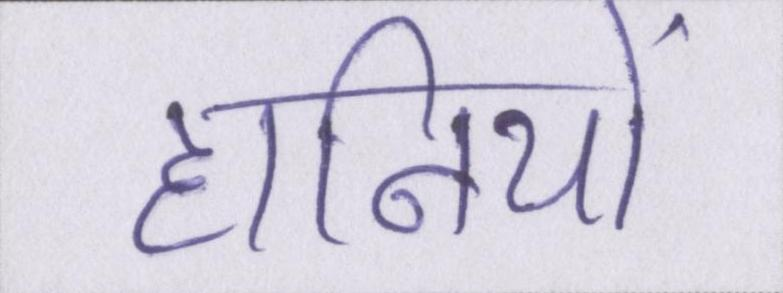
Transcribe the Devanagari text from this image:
हानियों